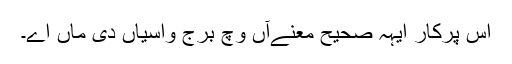
اس پرکار ایہہ صحیح معنےآں وچّ برج واسیاں دی ماں اے۔